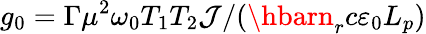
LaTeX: g_{0}=\Gamma\mu^{2}\omega_{0}T_{1}T_{2}\mathcal{J}/(\hbarn_{r}c\varepsilon_{0}L_{p})